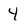
Character: 4